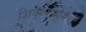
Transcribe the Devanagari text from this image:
शिवापासूनच